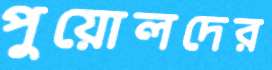
পুয়োলদের